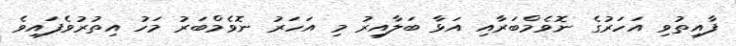
ފާއިތުވި އަހަރުގެ ނޮވެމްބަރާއި އަޅާ ބަލާއިރު މި އަހަރު ނޮވެމްބަރު މަހު އިތުރުވެފައިވެ